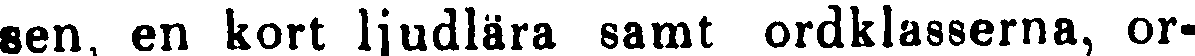
sen, en kort ljudlära samt ordklasserna, or-